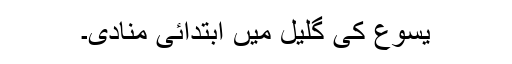
یسوع کی گلیل میں ابتدائی منادی۔